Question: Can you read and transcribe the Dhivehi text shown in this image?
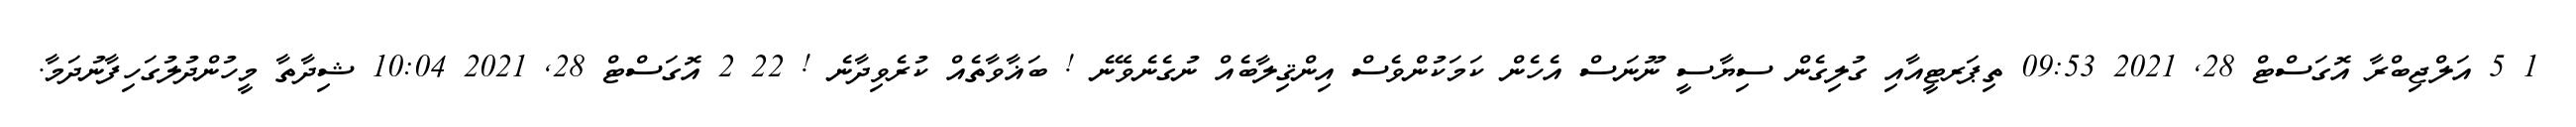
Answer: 1 5 އަލްޖިބްރާ އޮގަސްޓް 28, 2021 09:53 ތިޕަރޓީއާއި ގުލިގެން ސިޔާސީ ނޫނަސް އެހެން ކަމަކުންވެސް އިންޤިލާބެއް ނުގެނެވޭނެ ! ބަޣާވާތެއް ކުރެވިދާނެ ! 22 2 އޮގަސްޓް 28, 2021 10:04 ޝިދާތާ މީހުންދުލުގަހިފާނުދަމާ.